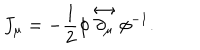
LaTeX: J _ { \mu } = - \frac { 1 } { 2 } \phi \stackrel { \leftrightarrow } { \partial _ { \mu } } \phi ^ { - 1 } .